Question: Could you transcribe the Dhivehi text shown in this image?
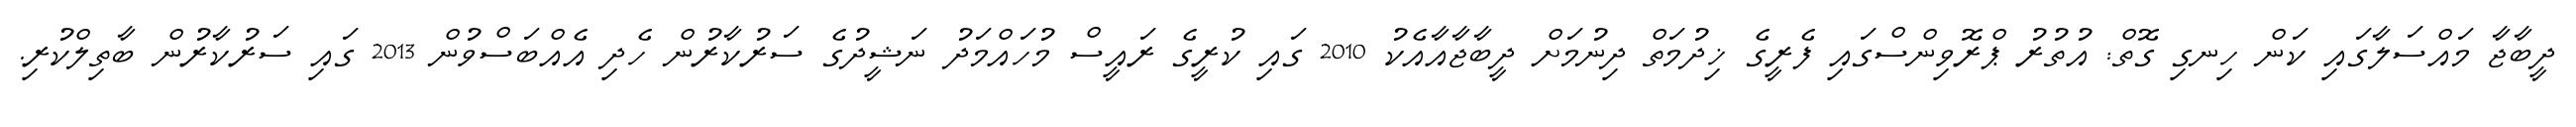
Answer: ދީބާޖާ މައްސަލާގައި ކަން ހިނގި ގޮތް: އުތުރު ޕްރޮވިންސްގައި ފެރީގެ ޚިދުމަތް ދިނުމަށް ދީބާޖާއާއެކު 2010 ގައި ކުރީގެ ރައީސް މުހައްމަދު ނަޝީދުގެ ސަރުކާރުން ހެދި އެއްބަސްވުން 2013 ގައި ސަރުކާރުން ބާތިލްކުރި.